Indian journal of veterinary science and animal husbandry - Volume 7,
Year: 1937
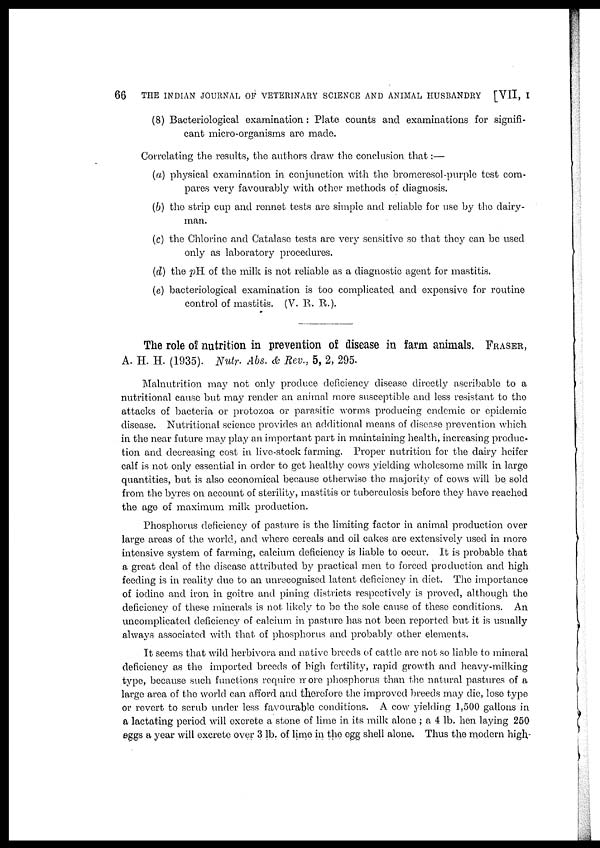
66
THE INDIAN JOURNAL OF VETERINARY SCIENCE AND ANIMAL HUSBANDRY [VII, I
(8) Bacteriological examination : Plate counts and examinations for signifi-
cant micro-organisms are made.
Correlating the results, the authors draw the conclusion that:—
(a) physical examination in conjunction with the bromeresol-purple test com-
pares very favourably with other methods of diagnosis.
(b) the strip cup and rennet tests are simple and reliable for use by the dairy-
man.
(c) the Chlorine and Catalase tests are very sensitive so that they can be used
only as laboratory procedures.
(d) the pH of the milk is not reliable as a diagnostic agent for mastitis.
(e) bacteriological examination is too complicated and expensive for routine
control of mastitis. (V. R. R.).
The role of nutrition in prevention of disease in farm animals. FRASER,
A. H. H. (1935). Nutr. Abs. & Rev., 5, 2, 295.
Malnutrition may not only produce deficiency disease directly ascribable to a
nutritional cause but may render an animal more susceptible and less resistant to the
attacks of bacteria or protozoa or parasitic worms producing endemic or epidemic
disease. Nutritional science provides an additional means of disease prevention which
in the near future may play an important part in maintaining health, increasing produc-
tion and decreasing cost in live-stock farming. Proper nutrition for the dairy heifer
calf is not only essential in order to get healthy cows yielding wholesome milk in large
quantities, but is also economical because otherwise the majority of cows will be sold
from the byres on account of sterility, mastitis or tuberculosis before they have reached
the age of maximum milk production.
Phosphorus deficiency of pasture is the limiting factor in animal production over
large areas of the world, and where cereals and oil cakes are extensively used in more
intensive system of farming, calcium deficiency is liable to occur. It is probable that
a great deal of the disease attributed by practical men to forced production and high
feeding is in reality due to an unrecognised latent deficiency in diet. The importance
of iodine and iron in goitre and pining districts respectively is proved, although the
deficiency of these minerals is not likely to be the sole cause of these conditions. An
uncomplicated deficiency of calcium in pasture has not been reported but it is usually
always associated with that of phosphorus and probably other elements.
It seems that wild herbivora and native breeds of cattle are not so liable to mineral
deficiency as the imported breeds of high fertility, rapid growth and heavy-milking
type, because such functions require more phosphorus than the natural pastures of a
large area of the world can afford and therefore the improved breeds may die, lose type
or revert to scrub under less favourable conditions. A cow yielding 1,500 gallons in
a lactating period will excrete a stone of lime in its milk alone ; a 4 lb. hen laying 250
eggs a year will excrete over 3 lb. of lime in the egg shell alone. Thus the modern high